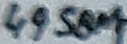
Text: 49.58M